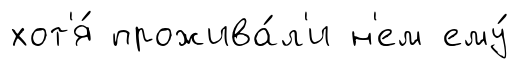
хот'я́ прожива́л'и н'ем ему́